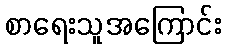
စာရေးသူအကြောင်း